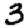
Digit: 3